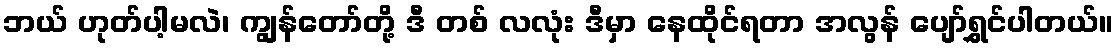
ဘယ် ဟုတ်ပါ့မလဲ၊ ကျွန်တော်တို့ ဒီ တစ် လလုံး ဒီမှာ နေထိုင်ရတာ အလွန် ပျော်ရွှင်ပါတယ်။